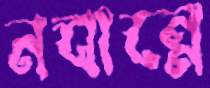
নবান্নে